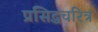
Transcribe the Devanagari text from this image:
प्रसिद्धचरित्र